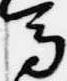
馬